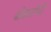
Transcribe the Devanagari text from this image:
बोकारोची